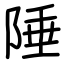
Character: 陲